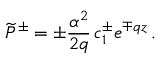
\widetilde { P } ^ { \pm } = \pm \frac { \alpha ^ { 2 } } { 2 q } \, c _ { 1 } ^ { \pm } e ^ { \mp q z } \, .